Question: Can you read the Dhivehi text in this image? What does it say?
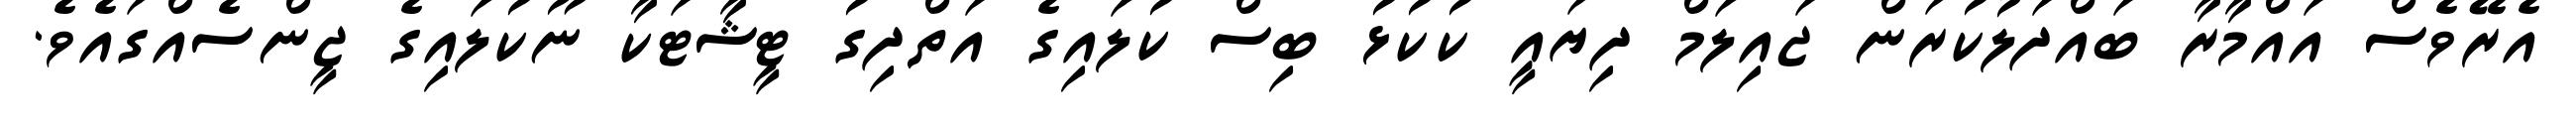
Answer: އެރޭވެސް އައްމާރާ ބައްދަލުކުރަން ޖައިލަމް ދިޔައީ ކުކުޅު ބިސް ކުލައިގެ އަތްދިގު ޓީޝާޓަކާ ނޫކުލައިގެ ޖީންސެއްގައެވެ.